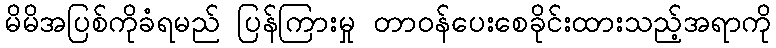
မိမိအပြစ်ကိုခံရမည် ပြန်ကြားမှု တာဝန်ပေးစေခိုင်းထားသည့်အရာကို